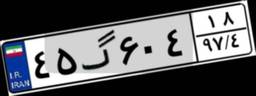
۴۵گ۶۰۴۱۸